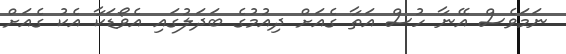
ނަމަވެސް އޭނާ ހުސް އަތާ ގެއަށް ދިއުމުގެ ބަދަލުގައި އެވޯޑަކާ އެކު ގެއަށް